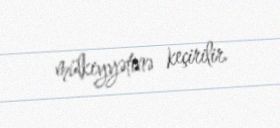
mülkiyyətinə keçirilir.